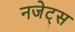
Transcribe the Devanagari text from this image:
नजेट्स